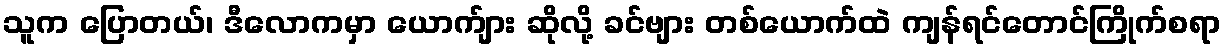
သူက ပြောတယ်၊ ဒီလောကမှာ ယောက်ျား ဆိုလို့ ခင်ဗျား တစ်ယောက်ထဲ ကျန်ရင်တောင်ကြိုက်စရာ